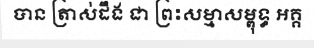
បាន ត្រាស់ដឹង ជា ព្រះសម្មាសម្ពុទ្ធ អគ្គ